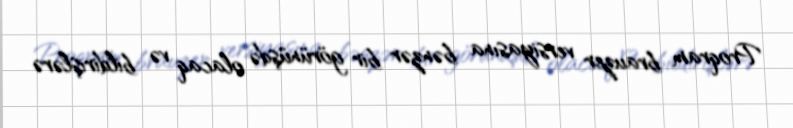
Proqram brauzer versiyasına bənzər bir görünüşdə olacaq və bildirişlərə